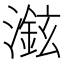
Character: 𱩖